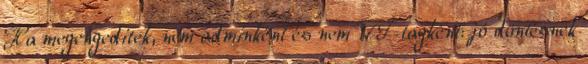
Ha megengeditek, nem adminként és nem WT-tagként: jó döntésnek